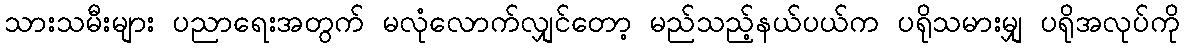
သားသမီးများ ပညာရေးအတွက် မလုံလောက်လျှင်တော့ မည်သည့်နယ်ပယ်က ပရိုသမားမျှ ပရိုအလုပ်ကို